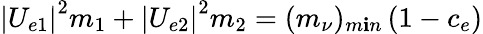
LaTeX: \left|U_{e1}\right|^{2}m_{1}+\left|U_{e2}\right|^{2}m_{2}=(m_{\nu})_{m\mathbf{i}n}\left(1-c_{e}\right)